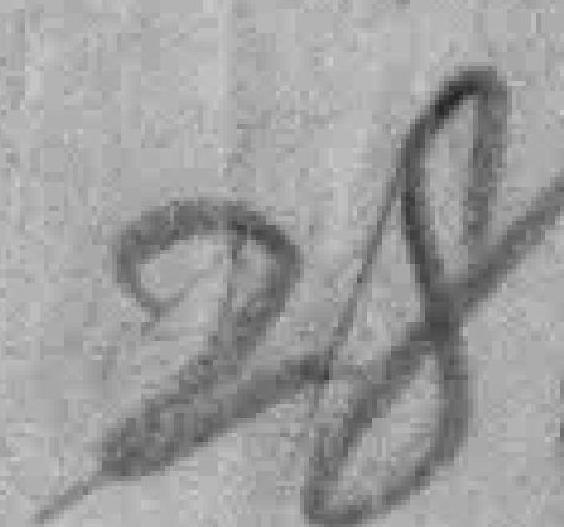
28